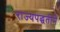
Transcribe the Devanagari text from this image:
राज्यपद्धतीने